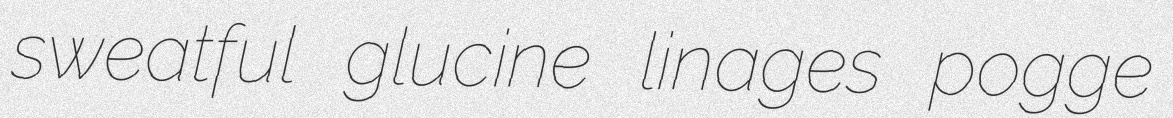
sweatful glucine linages pogge